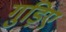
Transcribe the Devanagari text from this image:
गुड़िए